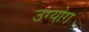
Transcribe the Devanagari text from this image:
उग्योग